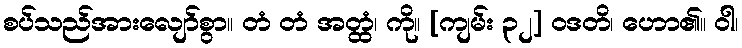
စပ်သည်အားလျော်စွာ။ တံ တံ အတ္ထံ၊ ကို။ [ကျမ်း ၃၂] ဝဒတိ၊ ဟော၏။ ဝါ၊